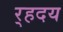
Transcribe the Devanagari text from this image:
र्‍हदय